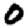
Digit: 0